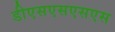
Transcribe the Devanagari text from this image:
डीएसएसएसएस